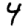
Digit: 4